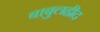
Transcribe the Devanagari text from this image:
बाबुलहीद